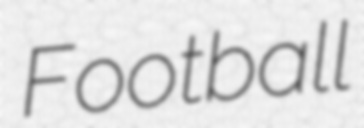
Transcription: Football